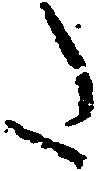
た